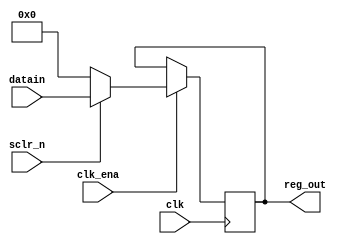
module reg16 (
	input [15:0] datain,		
	input clk, sclr_n, clk_ena,	
	output reg [15:0] reg_out	 
);

	// Criando o processo sequencial, sensvel ao clock e utilizando 
	// declaraes if-else aninhadas para habilitar o clock sncrono e 
	// controle de clear.
	always@(posedge clk) begin
		if (clk_ena)
			if(!sclr_n)
				reg_out <= 16'b0 ;
			else
				reg_out <= datain;
	end 
endmodule